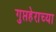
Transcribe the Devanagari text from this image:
गुप्तहेराच्या